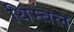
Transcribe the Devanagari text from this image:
थिम्बल